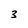
Character: 3